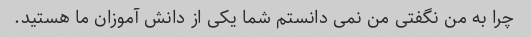
چرا به من نگفتی من نمی دانستم شما یکی از دانش آموزان ما هستید.